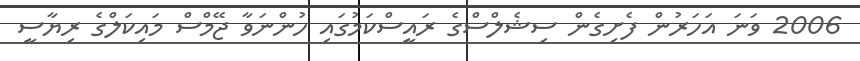
2006 ވަނަ އަހަރުން ފެށިގެން ސިޝެލްސްގެ ރައީސްކަމުގައި ހުންނަވާ ޖޭމްސް މައިކަލްގެ ރިޔާސީ